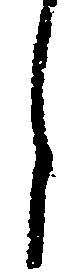
月